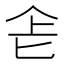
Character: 𠤒